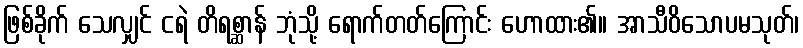
ဖြစ်ခိုက် သေလျှင် ငရဲ တိရစ္ဆာန် ဘုံသို့ ရောက်တတ်ကြောင်း ဟောထား၏။ အာသီဝိသောပမသုတ်၊